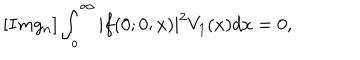
LaTeX: [ I m g _ { n } ] \int _ { o } ^ { \infty } | f ( 0 ; 0 ; x ) | ^ { 2 } V _ { 1 } ( x ) d x = 0 ,